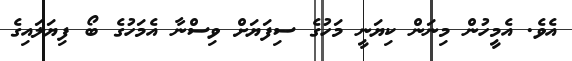
އެވެ. އެމީހުން މިނަން ކިޔަނީ މަހުގެ ސިފަޔަށް ވިސްނާ އެމަހުގެ ބޯ ފިޔަލައިގެ